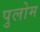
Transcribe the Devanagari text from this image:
पुलोम